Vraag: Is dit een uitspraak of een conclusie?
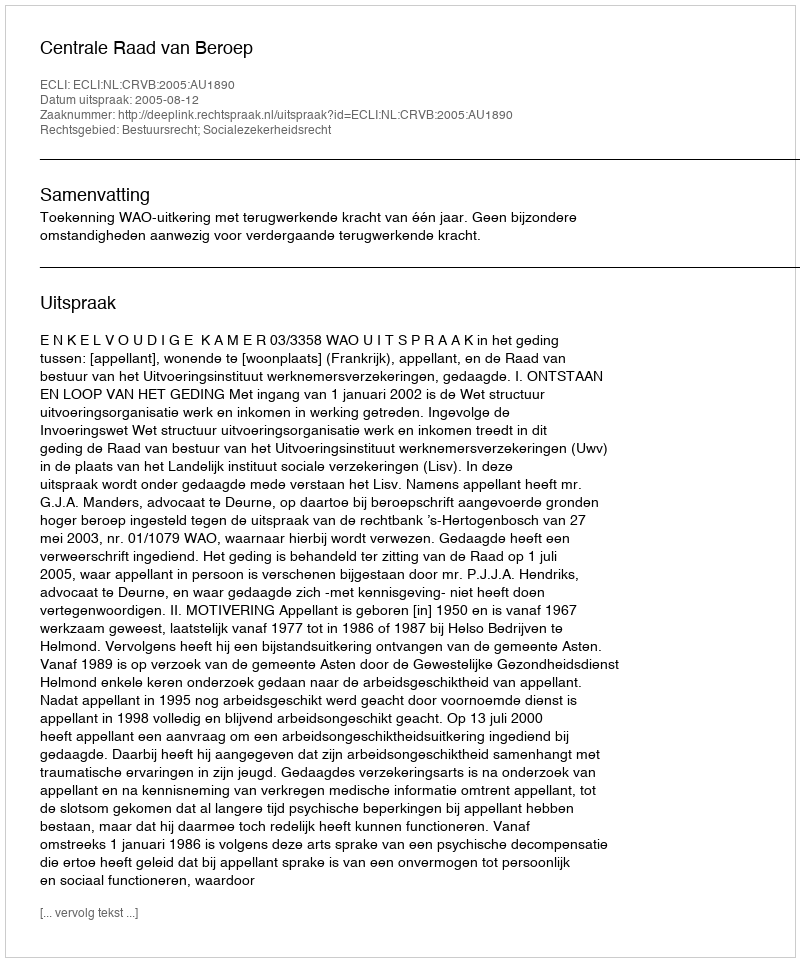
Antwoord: Uitspraak